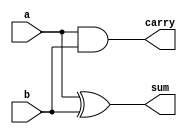
`timescale 1ns / 1ps
//////////////////////////////////////////////////////////////////////////////////
// Company: Baylor
// 
// Design Name: Lab 5
// Module Name: halfadder
// Project Name: Verilog Intro
// Target Devices: 
// Tool Versions: 
// Description: 
// 
// Dependencies: 
// 
// Revision:
// Revision 0.01 - File Created
// Additional Comments:
// 
//////////////////////////////////////////////////////////////////////////////////


module halfadder(a,b,sum,carry);
input a, b;
output sum, carry;
//
  xor(sum,a,b);
  and(carry,a,b);


endmodule